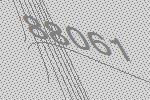
88061